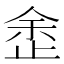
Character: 𣥳